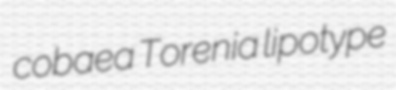
cobaea Torenia lipotype